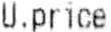
U.PRICE